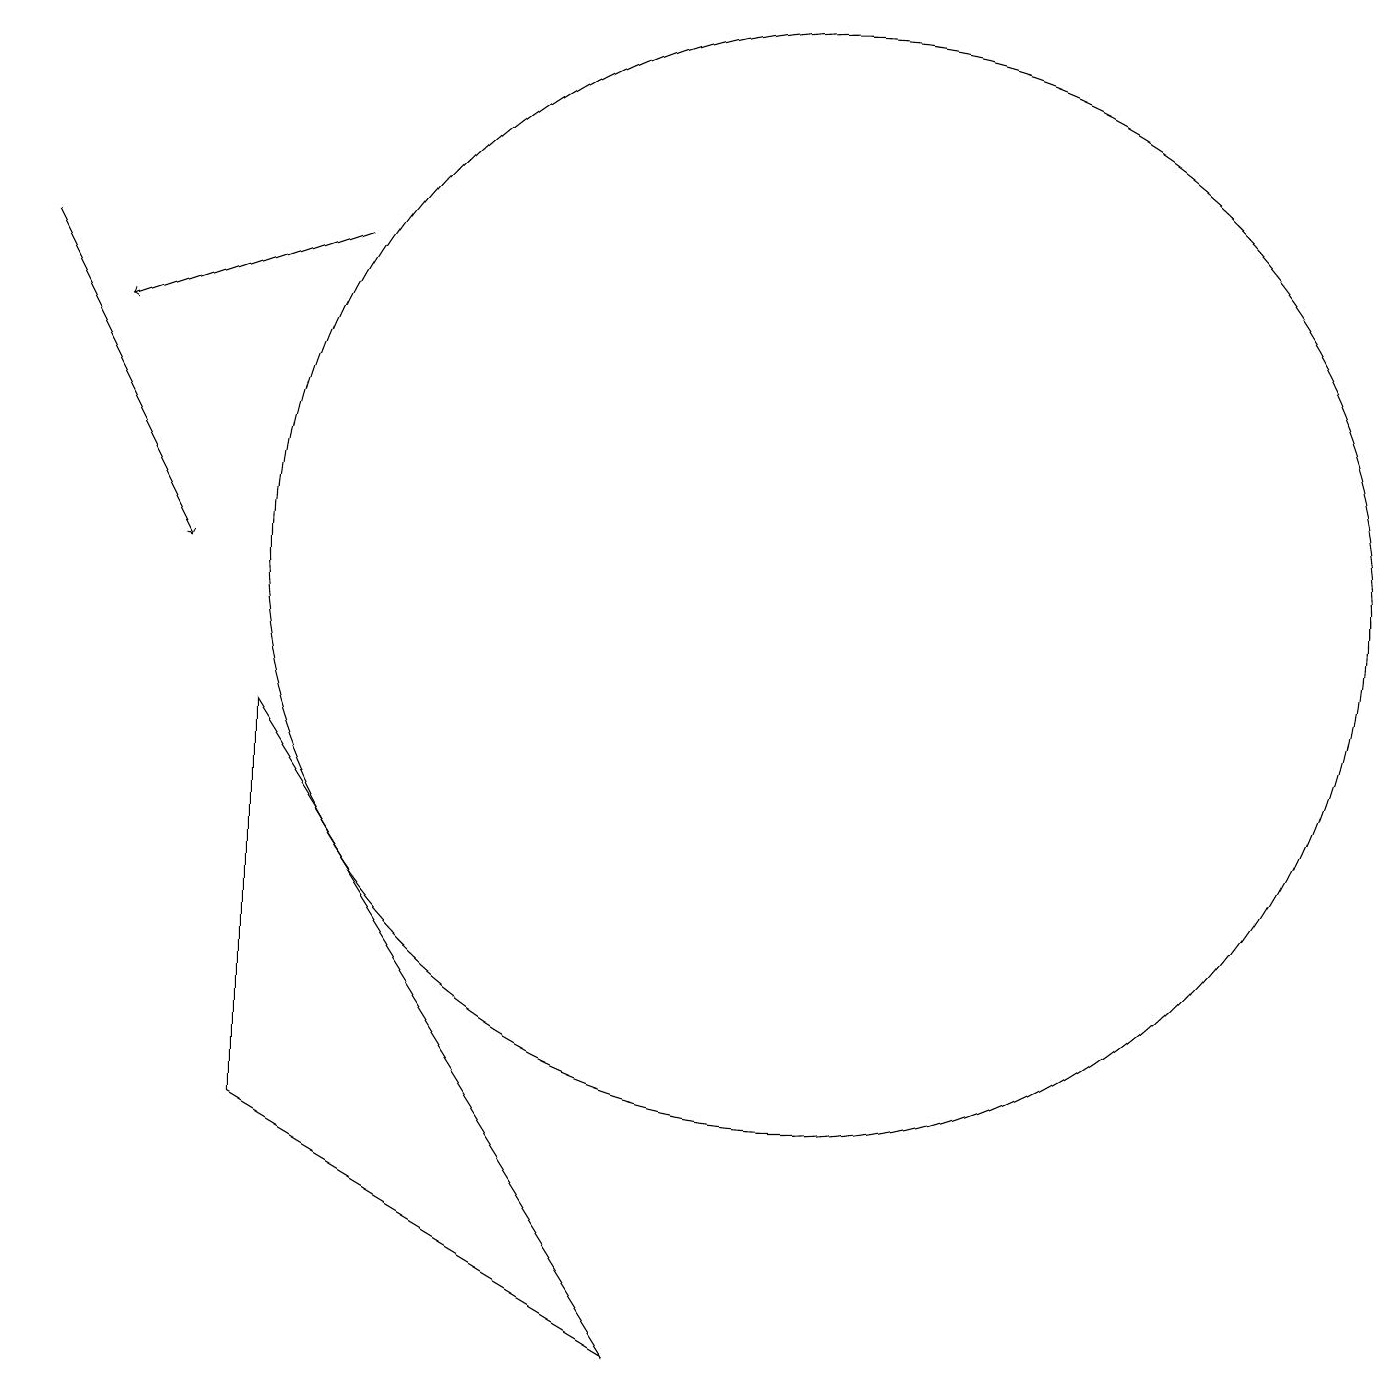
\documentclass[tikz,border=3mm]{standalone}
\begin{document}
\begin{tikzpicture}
\draw[->] (5,15) -- (2,14);
\draw (11,11) circle (7);
\draw[->] (1,15) -- (3,11);
\draw (9,1) -- (4,4) -- (4,9) -- cycle;
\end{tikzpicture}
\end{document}